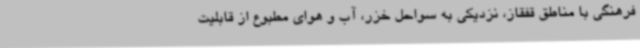
فرهنگی با مناطق قفقاز، نزدیکی به سواحل خزر، آب و هوای مطبوع از قابلیت